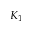
K _ { 1 }